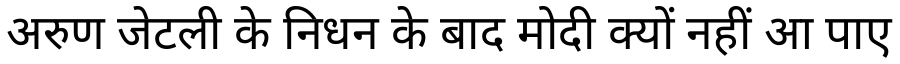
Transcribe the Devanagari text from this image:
अरुण जेटली के निधन के बाद मोदी क्यों नहीं आ पाए